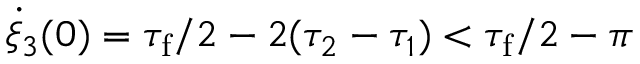
\dot { \xi } _ { 3 } ( 0 ) = \tau _ { \mathrm { f } } / 2 - 2 ( \tau _ { 2 } - \tau _ { 1 } ) < \tau _ { \mathrm { f } } / 2 - \pi